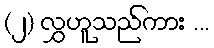
(၂) လွှဟူသည်ကား ...